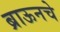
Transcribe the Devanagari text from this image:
ब्राऊनचेेे